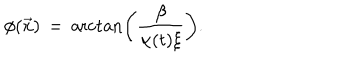
\phi ( \vec { x } ) \, = \, \operatorname { a r c t a n } \left( { \frac { \beta } { \alpha ( t ) \xi } } \right) .